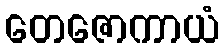
တေဇောကာယံ